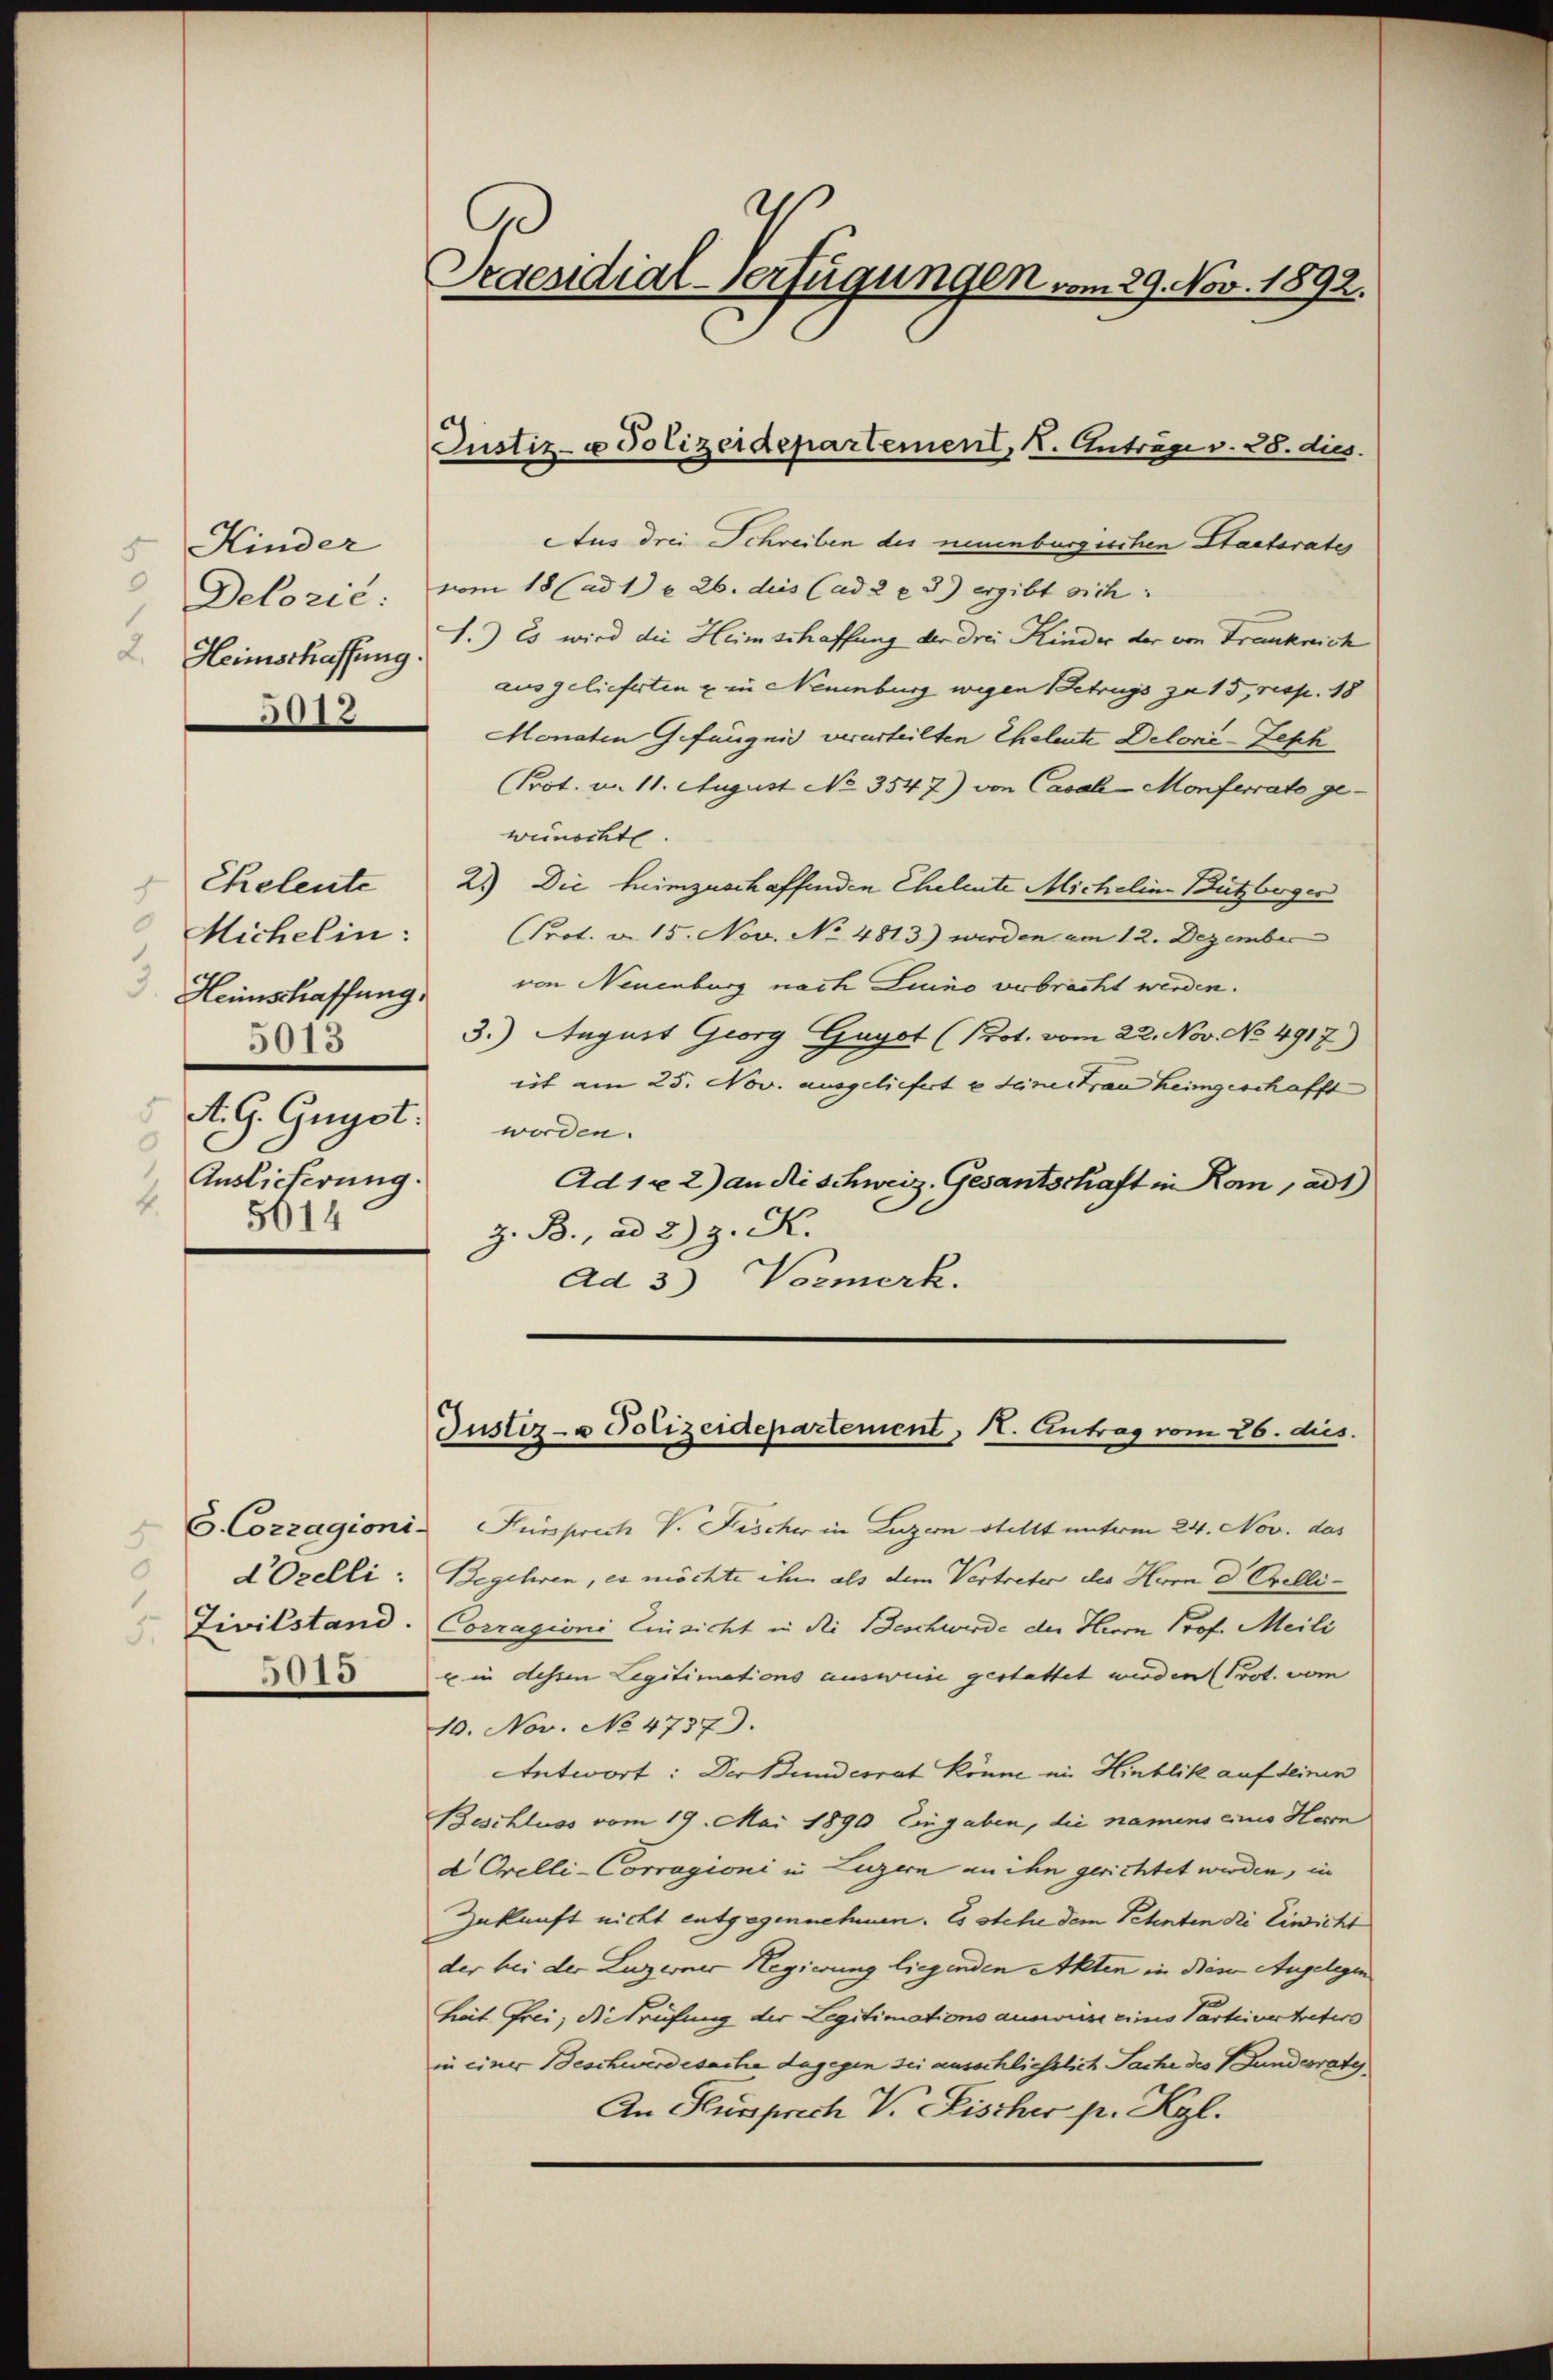
5 Kinder
.

3012

Michelin:
 Heimschaffung
5013
d
d. G. Gugst.
0
Auslicherung.
2.
5614

5
e
Nozelli:
 Zivilstand
5010

Praesidial-Verfügungen vom 29. Nov. 1892.

Justiz- u Polizeidepartement, K. Anträge v. 28. dies

Aus drei Schreiben des neuenburgischen Staatsrates
Delozić: vom 18 (ad 1) § 26. dies (ad 2 x 3) ergibt sich
Heimschaffung 1.) Es wird die Heimschaffung der drei Kinder der von Frankreich
ausgelieferten & in Neuenburg wegen Betrugs zu 15, resp. 18
Monaten Gefängnis verurteilten Eheleute Delorie-Seph
Prot. u. 11. August No. 3547) von Casak-Monferrato ge-
wunschte.
Eheleute 2.) Die heimzuschaffenden Eheleute Michelins Bützberger
Prot. v. 15. Nov. No 4813) werden am 12. Dezember
von Neuenburg nach Luino verbrecht werden.
3.) August Georg Gayot (Prot. vom 22. Nov. No 4917)
eit am 25. Nov. ausgeliefert e seinertrau heimgeschafft
worden.
Ad 1x 2) an dischweiz. Gesantschaft in Kon, ad1)
Z. B., ad 2.) J. K.
Ad 3) Vormerk.

Justiz- & Polizeidepartement, H. Antrag vom 26. dies.

G. Cozzagioni. Fürsprich V. Fischer in Luzern stellt unterm 24. Nov. das
Begehren, es möchte ihm als dem Vertreter des Herrn d. Orelli-
Corragioni Einsicht in die Beschwerde der Herrn Prof. Meili
u in dessen Legitimations ausweise gestattet werden (Prot. vom
10. Nov. No 4737.
Antwort: Der Bundesrat könne im Hinblik auf deinen
Beschluss vom 19. Mai 1890 Eingaben, die namens einio Herrn
d Orelli-Corragioni in Luzern an ihn gerichtet werden, in
Zukunft nicht entgegennehmen. Es stehe dem Petenten die Einsicht
der bei der Luzerner Regierung liegenden Akten in diese Angelegen
Freit Frei, die Prüfung der Legitimations auswiese eines Parteivertreters
in einer Beschwerdesache dagegen sei ausschließlich Sache des Bundesrates
An Kussprich V. Fischer pr. Kgl.